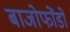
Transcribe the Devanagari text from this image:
बाजोफोंडो